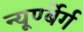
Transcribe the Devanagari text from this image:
न्यूर्ण्बेर्ग